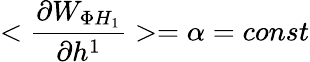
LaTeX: <\frac{\partial W_{\Phi H_{1}}}{\partial h^{1}}>=\alpha=const